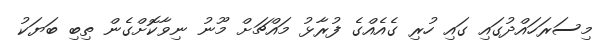
މިސަރަހައްދުގައި ގައި ހުރި ގެއެއްގެ ފުރާޅު މައްޗަށް މޫނު ނިވާކޮށްގެން ތިބި ބަޔަކު